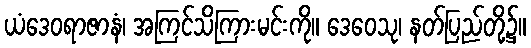
ယံဒေဝရာဇာနံ၊ အကြင်သိကြားမင်းကို။ ဒေဝေသု၊ နတ်ပြည်တို့၌။